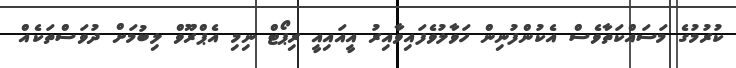
ކުރުމުގެ މަސައްކަތާވެސް އެކުންފުނިން ހަވާލުވެފައިވާއިރު އީއައިއީ ރިޕޯޓް ނިމި އެޕްރޫވް ލިބުމަށް ދުވަސްތަކެއް